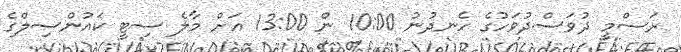
ރަސްމީ ދުވަސްދުވަހުގެ ހެނދުނު 10:00 ން 13:00 އަށް މާލެ ސިޓީ ކައުންސިލްގެ